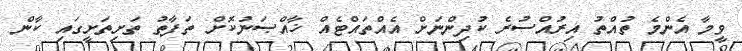
ވީމާ އެންމެ ތުއްތު އިރުއްސުރެ ކުދިންނަށް އެއްތައްޓެއް ޚާއްޞަނުކޮށް ތަފާތު ތަށިތަށީގައި ކާން